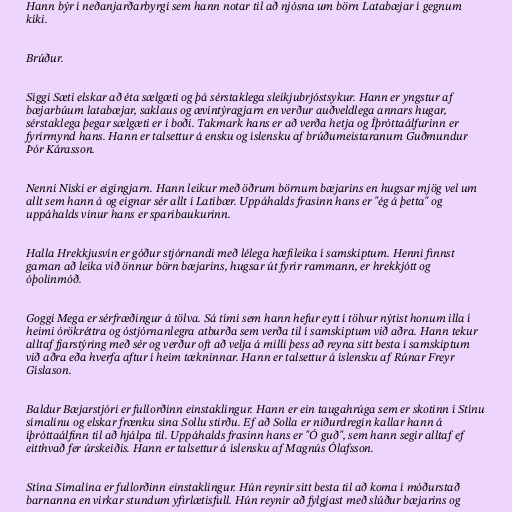
Hann býr í neðanjarðarbyrgi sem hann notar til að njósna um börn Latabæjar í gegnum
kíki.

Brúður.

Siggi Sæti elskar að éta sælgæti og þá sérstaklega sleikjubrjóstsykur. Hann er yngstur af
bæjarbúum latabæjar, saklaus og ævintýragjarn en verður auðveldlega annars hugar,
sérstaklega þegar sælgæti er í boði. Takmark hans er að verða hetja og Íþróttaálfurinn er
fyrirmynd hans. Hann er talsettur á ensku og íslensku af brúðumeistaranum Guðmundur
Þór Kárasson.

Nenni Níski er eigingjarn. Hann leikur með öðrum börnum bæjarins en hugsar mjög vel um
allt sem hann á og eignar sér allt í Latibær. Uppáhalds frasinn hans er "ég á þetta" og
uppáhalds vinur hans er sparibaukurinn.

Halla Hrekkjusvín er góður stjórnandi með lélega hæfileika í samskiptum. Henni finnst
gaman að leika við önnur börn bæjarins, hugsar út fyrir rammann, er hrekkjótt og
óþolinmóð.

Goggi Mega er sérfræðingur á tölva. Sá tími sem hann hefur eytt í tölvur nýtist honum illa í
heimi órökréttra og óstjórnanlegra atburða sem verða til í samskiptum við aðra. Hann tekur
alltaf fjarstýring með sér og verður oft að velja á milli þess að reyna sitt besta í samskiptum
við aðra eða hverfa aftur í heim tækninnar. Hann er talsettur á íslensku af Rúnar Freyr
Gíslason.

Baldur Bæjarstjóri er fullorðinn einstaklingur. Hann er ein taugahrúga sem er skotinn í Stínu
símalínu og elskar frænku sína Sollu stirðu. Ef að Solla er niðurdregin kallar hann á
íþróttaálfinn til að hjálpa til. Uppáhalds frasinn hans er "Ó guð", sem hann segir alltaf ef
eitthvað fer úrskeiðis. Hann er talsettur á íslensku af Magnús Ólafsson.

Stína Símalína er fullorðinn einstaklingur. Hún reynir sitt besta til að koma í móðurstað
barnanna en virkar stundum yfirlætisfull. Hún reynir að fylgjast með slúður bæjarins og